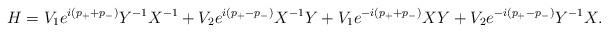
LaTeX: \begin{align*}H= V_{1}e^{i(p_+ + p_-)}Y^{-1}X^{-1} + V_{2} e^{i(p_+ - p_-)}X^{-1}Y+ V_{1}e^{-i(p_+ + p_-)}XY+ V_{2} e^{-i(p_+ - p_-)}Y^{-1}X.\end{align*}